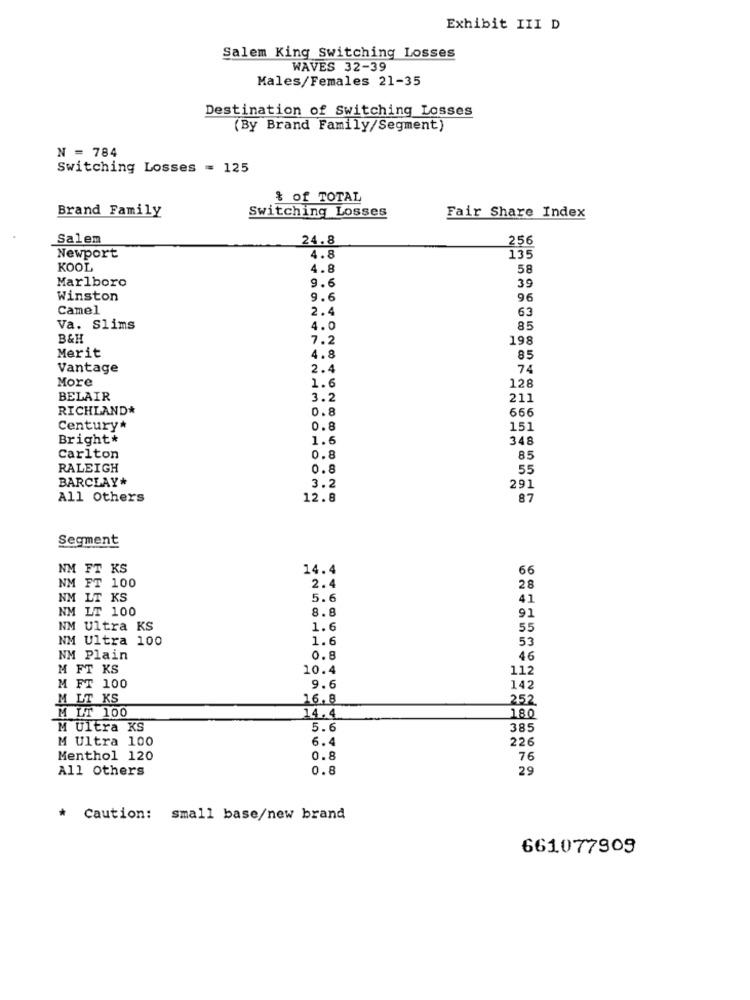
Exhibit III D
Salem King switching Losses
WAVES 32-39
Males/Females 21-35
Destination of Switching Losses
(By Brand Family/Segment)
N = 784
Switching Losses = 125
& of TOTAL
Brand Family
Switching Losses
Fair Share Index
Salem
24.8
256
Newport
4.8
135
KOOL
4.8
58
Marlboro
9.6
39
Winston
9.6
96
Camel
2.4
63
Va. Slims
4.0
85
B&H
7.2
198
Merit
4.8
85
Vantage
2.4
74
More
1.6
128
BELAIR
3.2
211
RICHLAND*
0.8
666
Century*
0.8
151
Bright*
1.6
348
Carlton
0.8
85
RALEIGH
0.8
55
BARCLAY*
3.2
291
All Others
12.8
87
Segment
NM FT KS
14.4
66
NM FT 100
2.4
28
NM LT KS
5.6
41
NM LT 100
8.8
91
NM Ultra KS
1.6
55
NM Ultra 100
1.6
53
NM Plain
0.8
46
M FT KS
10.4
112
M FT 100
9.6
142
M LT KS
16,8
252
M LT 100
14.4
180
M Ultra KS
5.6
385
M Ultra 100
6.4
226
Menthol 120
0.8
76
All Others
0.8
29
* Caution: small base/new brand
661077909